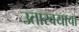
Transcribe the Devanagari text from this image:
उतारवयाचा